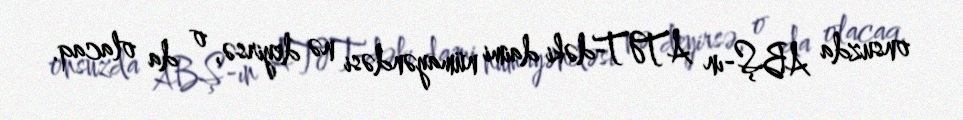
onsuzda ABŞ-ın ATƏT-dəki daimi nümayəndəsi nə deyirsə, o da olacaq.